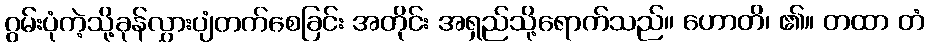
ဂွမ်းပုံကဲ့သို့ခုန်လွှားပျံတက်စေခြင်း အတိုင်း အရှည်သို့ရောက်သည်။ ဟောတိ၊ ၏။ တထာ တံ